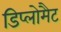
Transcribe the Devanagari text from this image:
डिप्लोमैट